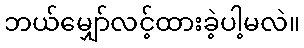
ဘယ်မျှော်လင့်ထားခဲ့ပါ့မလဲ။